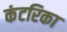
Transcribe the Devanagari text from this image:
कंटरिका